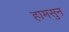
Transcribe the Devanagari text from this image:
हामसुन